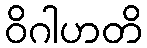
ဝိဂါဟတိ